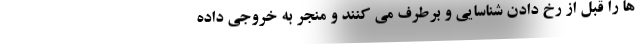
ها را قبل از رخ دادن شناسایی و برطرف می کنند و منجر به خروجی داده